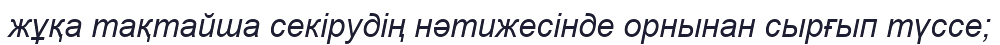
жұқа тақтайша секiрудiң нәтижесiнде орнынан сырғып түссе;